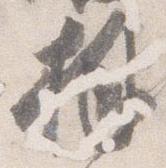
拝